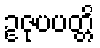
ဥဇုပပတ္တိ